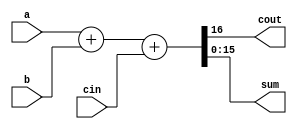
//-----------------------------------------------------------------
//	16-bit Adder (Golden Model)
//-----------------------------------------------------------------

module add16_golden (a, b, cin, cout, sum);

    input  [15:0]  a, b;
    input          cin;
    output         cout;
    output [15:0]  sum;

    assign {cout, sum} = a + b + cin;	// Don't use "+" operator in your code.

endmodule